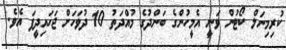
ކުރިމިނަލް ކޯޓުން ވަނީ އެމީހުންގެ ބަންދުގެ މުއްދަތު 10 ދުވަހަށް ޖަހައިދީފަ އެވެ.